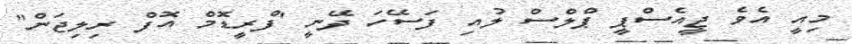
މިއީ އެވެ ޖީއެސްޕީ ޕްލްސް ލުއި ފަސޭހަ ދޭނީ 'ފްރީޑޮމް އޮފް ރިލިޖަން"